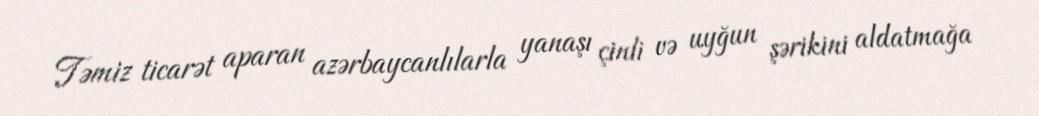
Təmiz ticarət aparan azərbaycanlılarla yanaşı çinli və uyğun şərikini aldatmağa